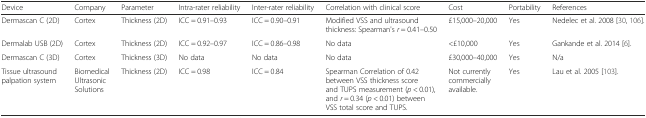
| Device | Company | Parameter | Intra-rater reliability | Inter-rater reliability | Correlation with clinical score | Cost | Portability | References |
 | --- | --- | --- | --- | --- | --- | --- | --- | --- |
 | Dermascan C (2D) | Cortex | Thickness (2D) | ICC = 0.91–0.93 | ICC = 0.90–0.91 | Modified VSS and ultrasound thickness: Spearman's r = 0.41–0.50 | £15,000–20,000 | Yes | Nedelec et al. 2008 [30, 106]. |
 | Dermalab USB (2D) | Cortex | Thickness (2D) | ICC = 0.92–0.97 | ICC = 0.86–0.98 | No data | <£10,000 | Yes | Gankande et al. 2014 [6]. |
 | Dermascan C (3D) | Cortex | Thickness (3D) | No data | No data | No data | £30,000–40,000 | Yes | N/a |
 | Tissue ultrasound palpation system | Biomedical Ultrasonic Solutions | Thickness (2D) | ICC = 0.98 | ICC = 0.84 | Spearman Correlation of 0.42 between VSS thickness score and TUPS measurement (p < 0.01), and r = 0.34 (p < 0.01) between VSS total score and TUPS. | Not currently commercially available. | Yes | Lau et al. 2005 [103]. |